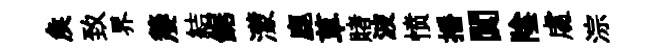
矦致界嫠結鋸濛鹿草賭波愤播闃陰䖏淙